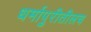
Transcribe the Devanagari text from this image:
धर्मापुरीतीलच